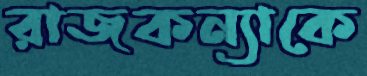
রাজকন্যাকে